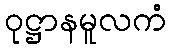
ဝုဋ္ဌာနမူလကံ